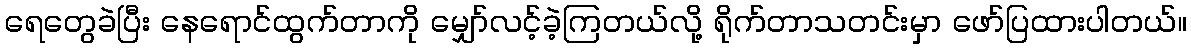
ရေတွေခဲပြီး နေရောင်ထွက်တာကို မျှော်လင့်ခဲ့ကြတယ်လို့ ရိုက်တာသတင်းမှာ ဖော်ပြထားပါတယ်။